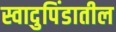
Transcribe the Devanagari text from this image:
स्वादुपिंडातील